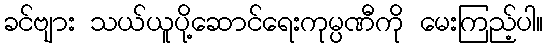
ခင်ဗျား သယ်ယူပို့ဆောင်ရေးကုမ္ပဏီကို မေးကြည့်ပါ။